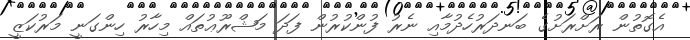
އެގޮތުން ރަށްރަށުގެ ބަނދަރުހެދުމާއި ނެރު ފުންކުރުން ފަދަ މަޝްރޫޢުތައް މިހާރު ހިންގަނީ މަރުކަޒީ